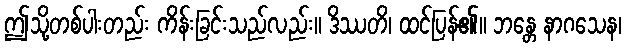
ဤသို့တစ်ပါးတည်း ကိန်းခြင်းသည်လည်း။ ဒိဿတိ၊ ထင်ပြန်၏။ ဘန္တေ နာဂသေန၊